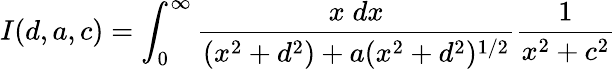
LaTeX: I(d,a,c)=\int_{0}^{\infty}{\frac{x\; dx}{(x^{2}+d^{2})+a(x^{2}+d^{2})^{1/2}}}{\frac{1}{x^{2}+c^{2}}}